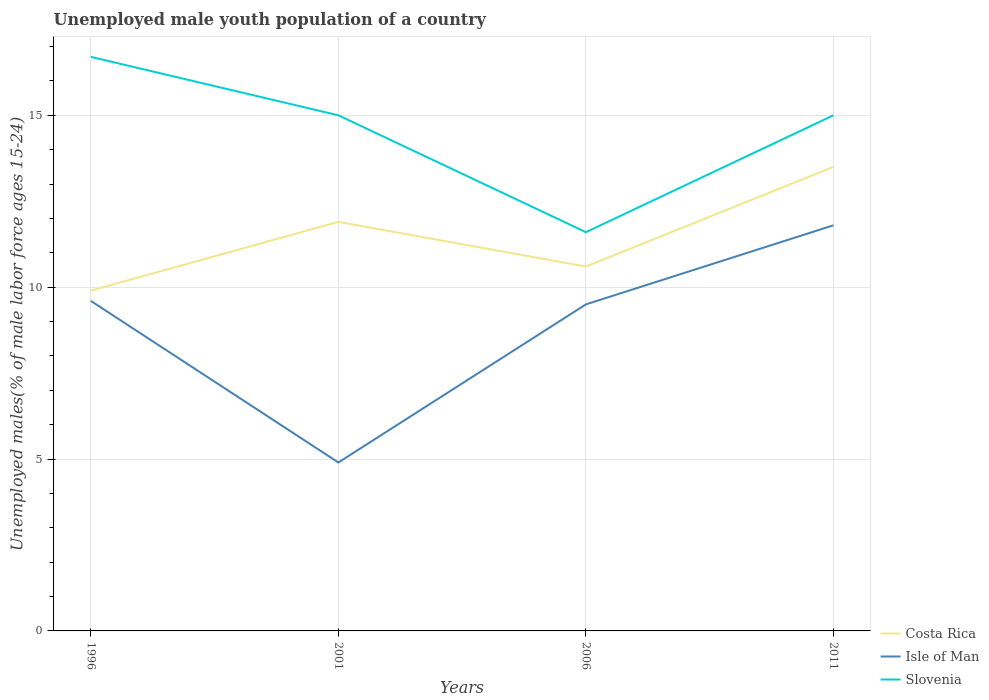
| Years | Costa Rica | Isle of Man | Slovenia |
 | --- | --- | --- | --- |
 | 1996 | 9.9 | 9.6 | 16.7 |
 | 2001 | 11.9 | 4.9 | 15 |
 | 2006 | 10.6 | 9.5 | 11.6 |
 | 2011 | 13.5 | 11.8 | 15 |